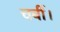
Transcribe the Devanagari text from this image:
चर्बी।